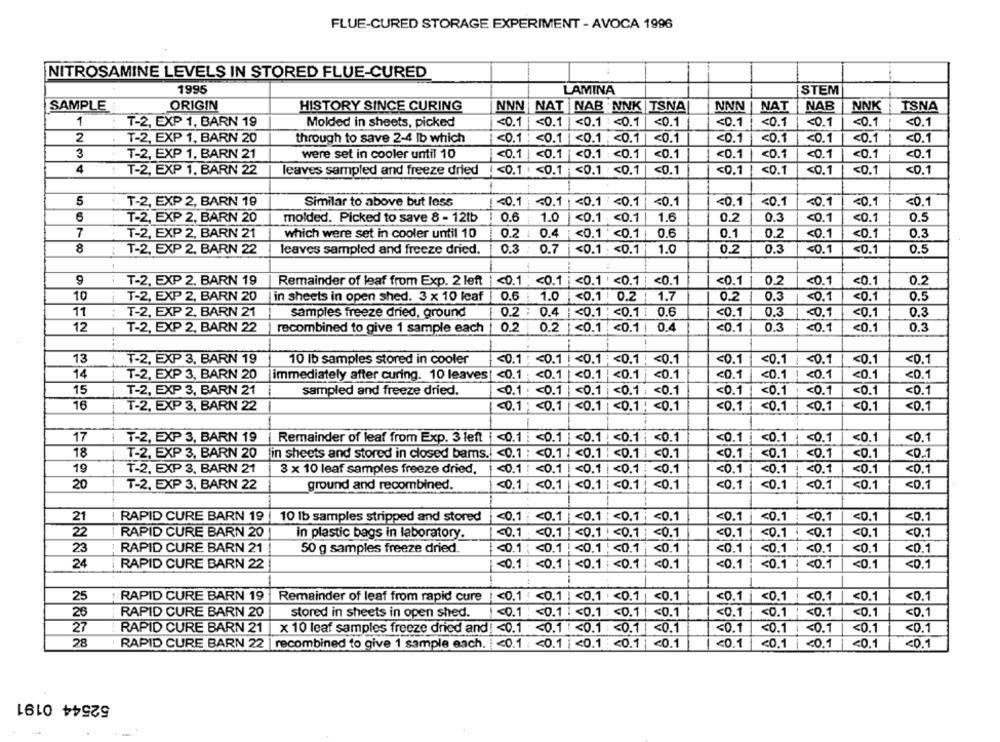
FLUE-CURED STORAGE EXPERIMENT - AVOCA 1996
NITROSAMINE LEVELS IN STORED FLUE-CURED
1995
LAMINA
STEM
SAMPLE
ORIGIN
HISTORY SINCE CURING
NNN NAT NAB NNK |TSNA
NNN
NAT
NAB
NNK TSNA
1
T-2, EXP 1, BARN 19
Molded in sheets, picked
<0.1 |<0.1
<0.1 <0.1
<0.1
<0.1
<0.1
<0.1
<0.1
<0.1
2
T-2, EXP 1, BARN 20
through to save 2-4 lb which
<0.1 : < 0.1
<0.1 . < 0.1
<0.1
<0.1
<0.1
<0.1
<0.1
<0.1
3
T-2, EXP 1, BARN 21
were set in cooler until 10
<0.1 | <0.1 <0.1 : < 0.1
<0.1
<0.1
<0.1
<0.1
<0.1
<0.1
4
T-2, EXP 1. BARN 22
leaves sampled and freeze dried
<0.1 . < 0.1 <0.1 <0.1
<0.1
<0.1
<0.1
<0.1
<0.1
<0.1
5
T-2, EXP 2, BARN 19
Similar to above but less
<0.1 <0.1 <0.1 <0.1
<0.1
<0.1
<0.1
<0.1
<0.1
<0.1
6
T-2, EXP 2, BARN 20
molded. Picked to save 8 - 12tb
0.6
1.0
<0.1 . < 0.1
1.6
0.2
0.3
<0.1
<0.1
0.5
7
T-2, EXP 2, BARN 21
which were set in cooler until 10
0.2 0.4
<0.1 ' <0.1 |
0.6
0.1
0.2
<0.1
<0.1
0.3
8
T-2, EXP 2, BARN 22
leaves sampled and freeze dried.
0.3 : 0.7
<0.1 ; < 0.1
1.0
0.2
0.3
<0.1
<0.1
0.5
9
T-2, EXP 2. BARN 19
Remainder of leaf from Exp. 2 left
<0.1 ; < 0.1 | <0.1 <0.1 | <0.1
<0.1
0.2
<0.1
<0.1
0.2
10
0.6 : 1.0 0.1 : 0.2
1.7
0.2
0.3
0.5
T-2, EXP 2, BARN 20 | in sheets in open shed. 3 x 10 leaf
<0.1
<0.
T-2, EXP 2, BARN 21
0.3
11
samples freeze dried, ground
0.2 : 0.4 |<0.1 ;< 0.1 0.6
<0.1
0.3
<0.1
<0.
12
1
T-2, EXP 2, BARN 22
recombined to give 1 sample each | 0.2
0.2
<0.1 <0.1 0.4
<0.1
0.3
<0.1
<0.
0.3
-
13
T-2, EXP 3, BARN 19
10 lb samples stored in cooler
<0.1 ;< 0.1<0.1 ; < 0.1 ; < 0.1
<0.1
<0.1 | <0.1
<0.1
<0.
14
T-2, EXP 3, BARN 20
T-2, EXP 3, BARN 20 immediately after curing. 10 leaves!
<0.1 . < 0.1 | <0.1 |<0.1 | <0.1
<0.1
<0.1
<0.1
<0.1
<0.1
<0.1
<0.1
15
T-2, EXP 3, BARN 21
sampled and freeze dried.
<0.1 . < 0.1 |<0.1 <0.1 <0.1
<0.1 : < 0.1
<0.1
<0.
<0.1
<0.1
<0.1
<0.1
<0.
16
T-2, EXP 3, BARN 22
<0.1 ;< 0.1
<0.1
<0.1 : < 0.1
<0.
<0.1
<0.1
<0.
<0.1
17
-
<0.1 : < 0.1
<0.1
T-2, EXP 3, BARN 19
Remainder of leaf from Exp. 3 left
<0.1 <0.1 <0.1
<0.1
<0.1 | <0.1
<0.1
18
T-2, EXP 3, BARN 20
Jin sheets and stored in closed bams.
<0.1 : < 0.1 !< 0.1 | <0.1 | <0.1
<0.1
<0.1
<0.1 | <0.1
<0.
<0.1
<0.1
19
T-2. EXP 3. BARN 21
3 x 10 leaf samples freeze dried.
<0.1 : < 0.1<0.1|<0.1.
<0.1
<0.1
<0.1
<0.
<0.1
20
T-2, EXP 3, BARN 22
ground and recombined.
<0.1 <0.1| <0.1 | <0.1
<0.1
<0.1
<0.1
<0.1
<0.1
<0.1
21
! RAPID CURE BARN 19
10 lb samples stripped and stored
<0.1 <0.1 <0.1 <0.1 <0.1
<0.1
<0.1
<0.1
<0.1
<0.1
22
RAPID CURE BARN 20
In plastic bags in laboratory.
00.1
<0.1 |<0.1 <0.1
<0.1
<0.1
<0.1
<0.
<0.1
<0.1
23
RAPID CURE BARN 21
50 g samples freeze dried.
<0.1 ;< 0.1 !< 0.1 ;< 0.1
<0.1
<0.
<0.1 | <0.1
<0.1
<0.1
24
RAPID CURE BARN 22
<0.1 <0.1
<0.1
<0.1
<0.1 | <0.1
<0.1
<0.1
<0.1 : < 0.1
-
25
RAPID CURE BARN 19
Remainder of leaf from rapid cure <0.1 : < 0.1 | <0.1 <0.1 <0.1
<0.1
<0.1 <0.1
<0.1
<0.1
26
RAPID CURE BARN 20
stored in sheets in open shed.
<0.1 : < 0.1<0.1 : < 0.1|
<0.1
<0.1
<0.1
<0.1
<0.1
<0.1
27
:RAPID CURE BARN 21
x 10 leaf samples freeze dried and: < 0.1 <0.1 | <0.1 : < 0.1 | <0.1
<0.1
<0.1 | <0.1
<0.1
<0.1
28
RAPID CURE BARN 22
recombined to give 1 sample each. < 0.1 : < 0.1 |<0.1 <0.1<0.1
<0.1
<0.1 | <0.1
<0.1
<0.1
52544 0191